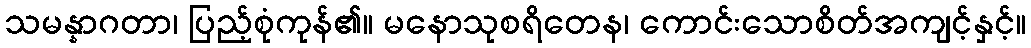
သမန္နာဂတာ၊ ပြည့်စုံကုန်၏။ မနောသုစရိတေန၊ ကောင်းသောစိတ်အကျင့်နှင့်။